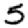
Digit: 5